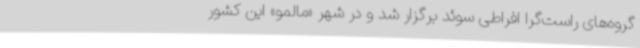
گروه‌های راست‌گرا افراطی سوئد برگزار شد و در شهر «مالمو» این کشور